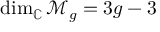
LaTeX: \dim _ { \mathbb { C } } { \mathcal { M } } _ { g } = 3 g - 3